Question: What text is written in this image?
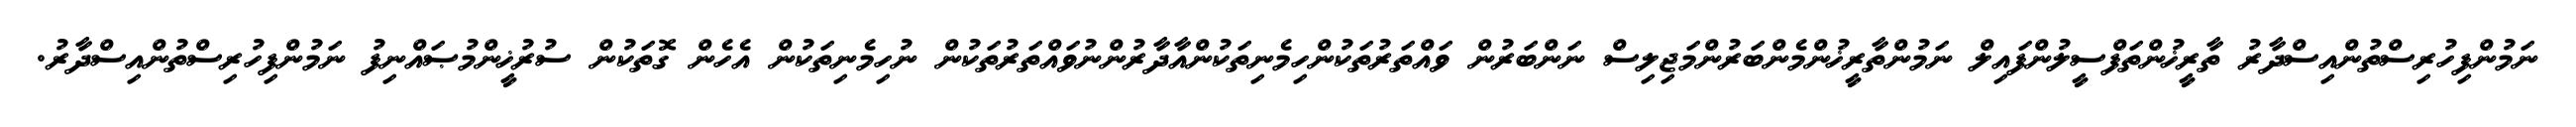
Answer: ނަމުންފިހުރިސްތުންއިސްދާރު ތާރީޚުންތަފްސީލުންފައިލް ނަމުންތާރީޚުންމެންބަރުންމަޖިލިސް ނަންބަރުން ވައްތަރުތަކުންހިމެނިތަކުންއާދާރުންނުވައްތަރުތަކުން ނުހިމެނިތަކުން އެހެން ގޮތަކުން ސުރުޚީންމުޞައްނިފު ނަމުންފިހުރިސްތުންއިސްދާރު.